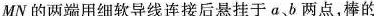
MN的两端用细软导线连接后悬挂于a、b两点，棒的